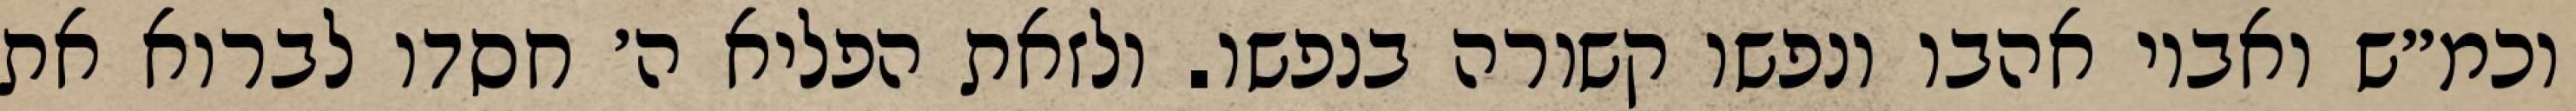
וכמ״ש ואביו אהבו ונפשו קשורה בנפשו. ולזאת הפליא ה׳ חסדו לברוא את